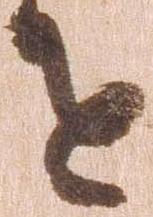
を